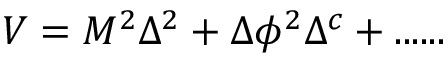
V = M ^ { 2 } \Delta ^ { 2 } + \Delta \phi ^ { 2 } \Delta ^ { c } + . . . . . .